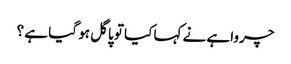
چرواہے نے کہا کیا تو پاگل ہو گیا ہے ؟